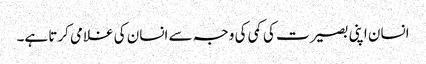
انسان اپنی بصیرت کی کمی کی وجہ سے انسان کی غلامی کرتا ہے۔